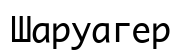
Шаруагер